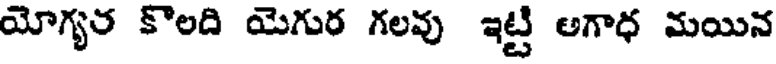
యోగ్యర కొలది యెగుర గలవు ఇట్టి అగాధ మయిన